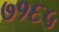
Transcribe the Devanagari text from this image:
७१६५